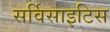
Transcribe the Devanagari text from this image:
सर्विसाइटिस